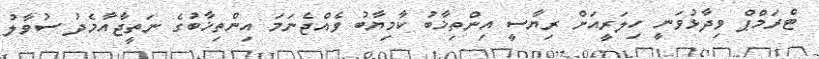
ޓްރަމްޕް ވިދާޅުވަނީ ހިލަރީއަށް ރިޔާސީ އިންތިޚާބު ކާމިޔާބު ވެއްޖެނަމަ އިންތިޚާބުގެ ނަތީޖާއާމެދު ސުވާލު